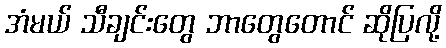
အံမယ် သီချင်းတွေ ဘာတွေတောင် ဆိုပြလို့